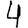
Digit: 4